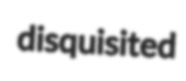
disquisited